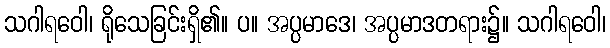
သဂါရဝေါ၊ ရိုသေခြင်းရှိ၏။ ပ။ အပ္ပမာဒေ၊ အပ္ပမာဒတရား၌။ သဂါရဝေါ၊